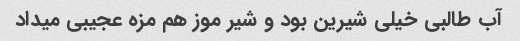
آب طالبی خیلی شیرین بود و شیر موز هم مزه عجیبی میداد